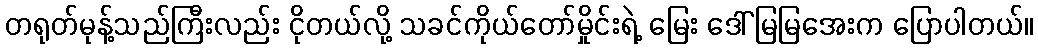
တရုတ်မုန့်သည်ကြီးလည်း ငိုတယ်လို့ သခင်ကိုယ်တော်မှိုင်းရဲ့ မြေး ဒေါ်မြမြအေးက ပြောပါတယ်။